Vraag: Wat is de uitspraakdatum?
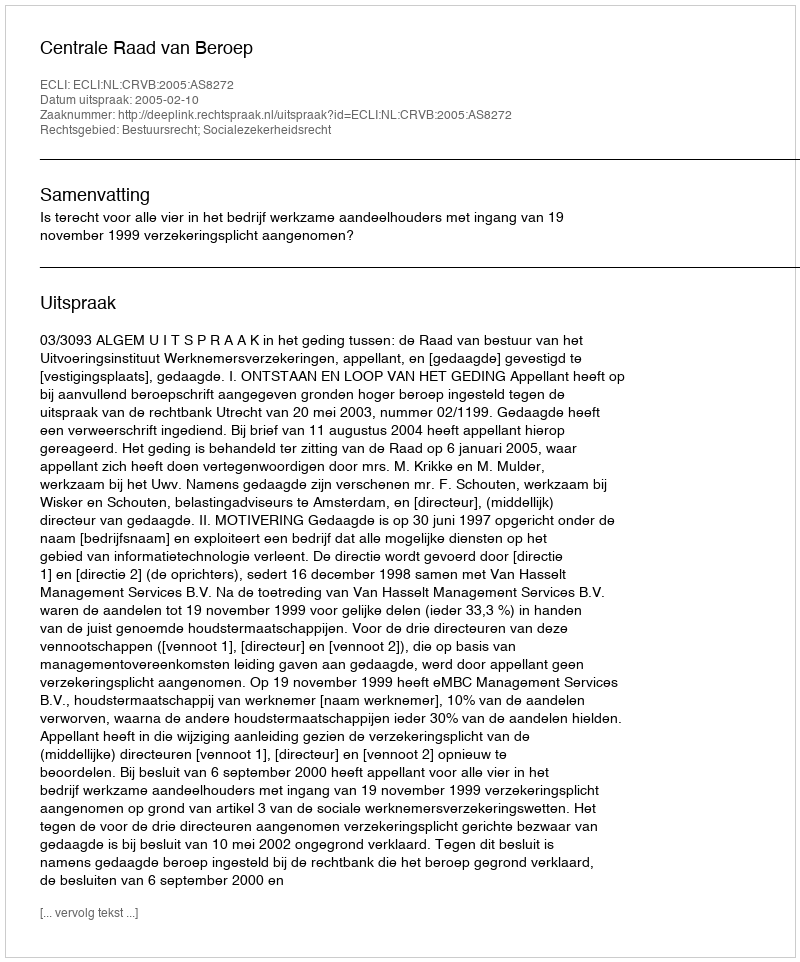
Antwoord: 2005-02-10